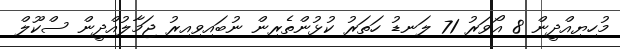
މުހިޔިއްދީން 8 އޯވަރު 71 ލަނޑު ހަތަރު ކުޅުންތެރިން ނުބައިވިއިރު ޖަމާލުއްދީން ސްކޫލް